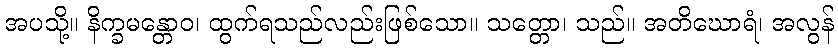
အပသို့။ နိက္ခမန္တောဝ၊ ထွက်ရသည်လည်းဖြစ်သော။ သတ္တော၊ သည်။ အတိဃောရံ၊ အလွန်